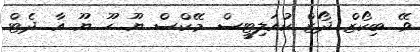
ވޭ. ބިކޯޒް ދޯޒް ކުއަލިޓީސް މޭކްސް ޔޫ ހޫ ޔޫ އާ. ދެޓް